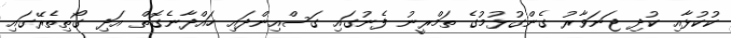
ކުކުޅާއި ކުދި ޖަނަވާރު ގެންގުޅުމުގެ ތަމްރީނު ފެނުގައި ގަސްއިންދައި ހައްދާނެގޮތް އަދި ގޯތިތެރޭގައި